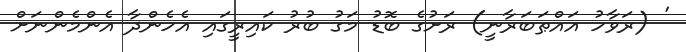
' (ރަވާހު އައްޠަބަރާނީ) ރަށުގެ ބޮޑު މަގު ބުރު ކައިރީގައި އެހެންދާ އެންމެންނަށް